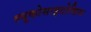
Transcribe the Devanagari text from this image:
ल्यूकोसाइटोसिस